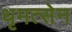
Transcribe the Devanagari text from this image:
धृमत्सेन